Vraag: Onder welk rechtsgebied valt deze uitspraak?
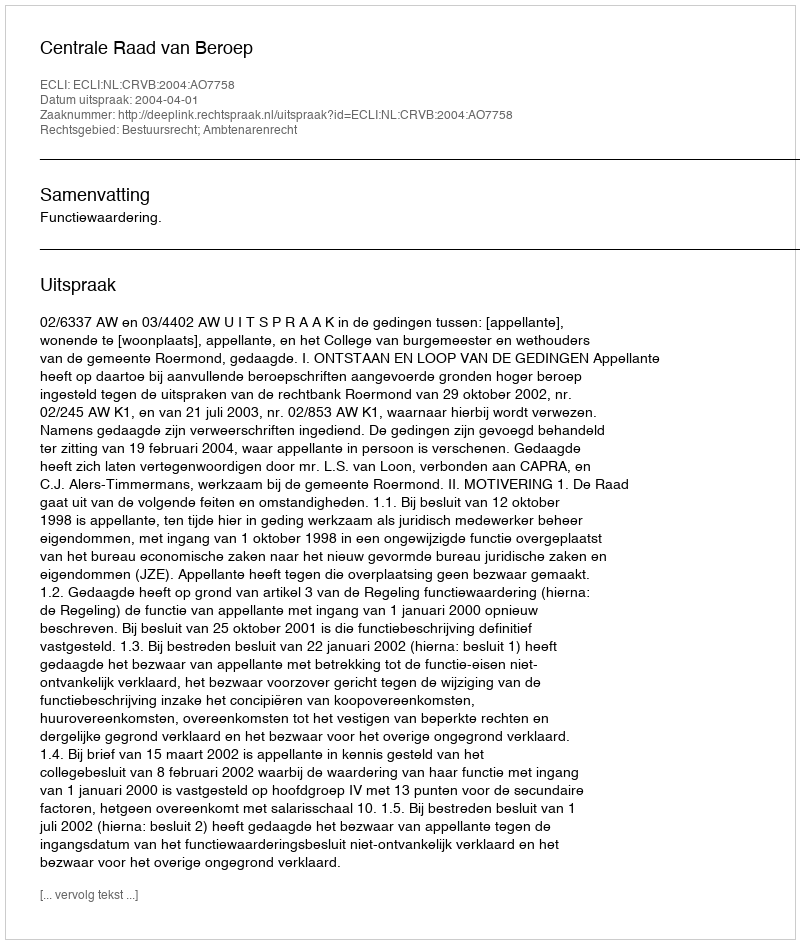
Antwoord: Bestuursrecht; Ambtenarenrecht